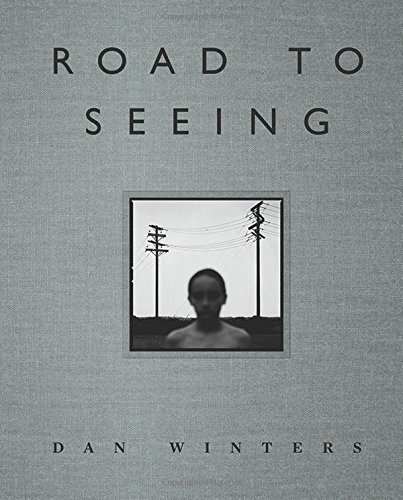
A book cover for Road to Seeing; Dan Winters; Arts & Photography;